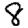
Digit: 8